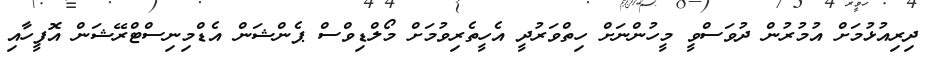
ދިރިއުޅުމަށް އުމުރުން ދުވަސްވީ މީހުންނަށް ހިތްވަރުދީ އެހީތެރިވުމަށް މޯލްޑިވްސް ޕެންޝަން އެޑްމިނިސްޓްރޭޝަން އޮފީހާއި